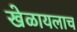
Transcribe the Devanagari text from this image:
खेळायलाच